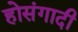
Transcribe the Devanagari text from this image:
होसंगादी